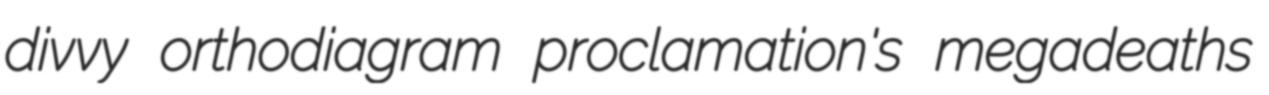
divvy orthodiagram proclamation's megadeaths